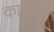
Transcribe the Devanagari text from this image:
कारयेत्‌